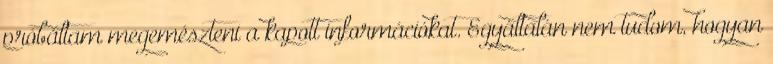
próbáltam megemészteni a kapott információkat. Egyáltalán nem tudom, hogyan